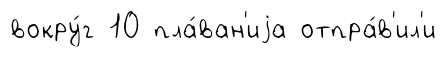
вокру́г 10 пла́ван'иjа отпра́в'ил'и